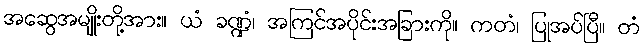
အဆွေအမျိုးတို့အား။ ယံ ခဏ္ဍံ၊ အကြင်အပိုင်းအခြားကို။ ကတံ၊ ပြုအပ်ပြီ။ တံ